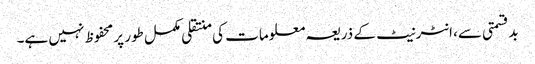
بدقسمتی سے، انٹرنیٹ کے ذریعہ معلومات کی منتقلی مکمل طور پر محفوظ نہیں ہے۔